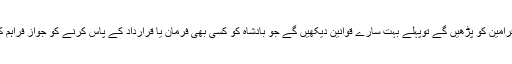
آپ جب شاہى فرامین کو پڑھیں گے توپہلے بہت سارے قوانین دیکهیں گے جو بادشاه کو کسى بهى فرمان یا قرارداد کے پاس کرنے کو جواز فراہم کرتے ہوں گے۔